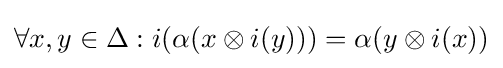
\forall x,y\in \Delta :i(\alpha (x\otimes i(y)))=\alpha (y\otimes i(x))